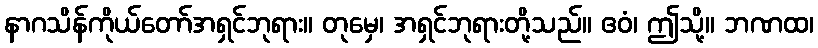
နာဂသိန်ကိုယ်တော်အရှင်ဘုရား။ တုမှေ၊ အရှင်ဘုရားတို့သည်။ ဧဝံ၊ ဤသို့။ ဘဏထ၊